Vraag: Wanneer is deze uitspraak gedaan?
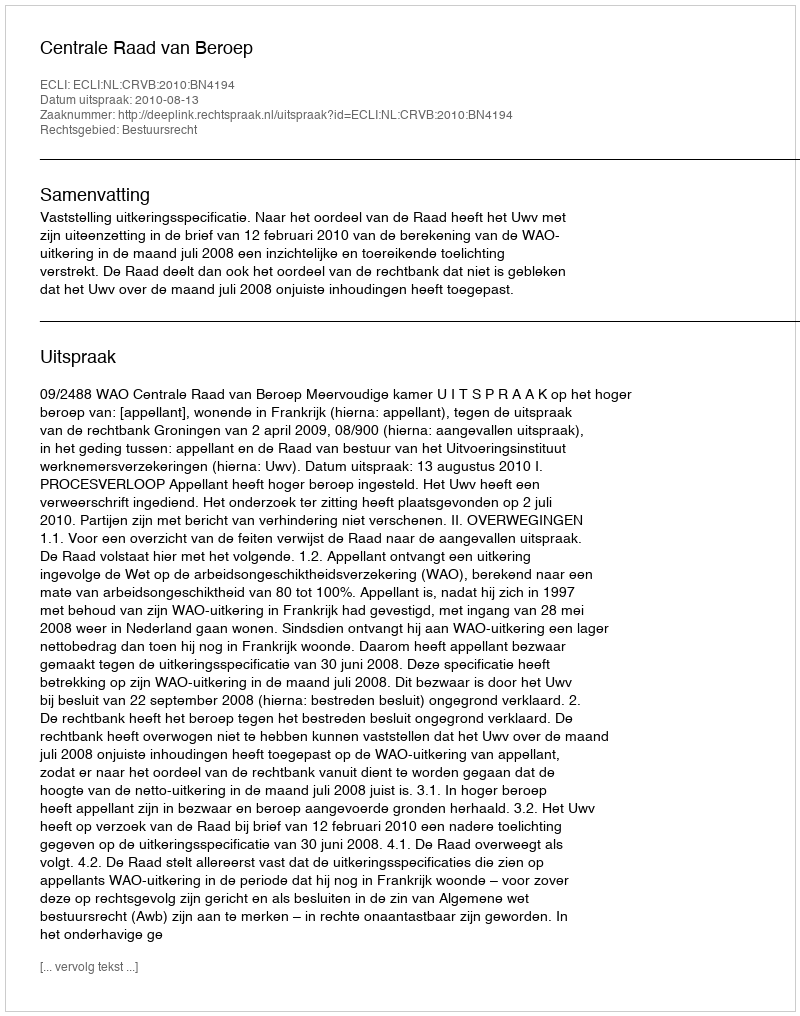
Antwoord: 2010-08-13